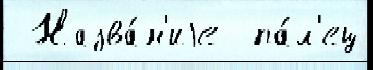
 Назва́н'иjе  па́л'ец